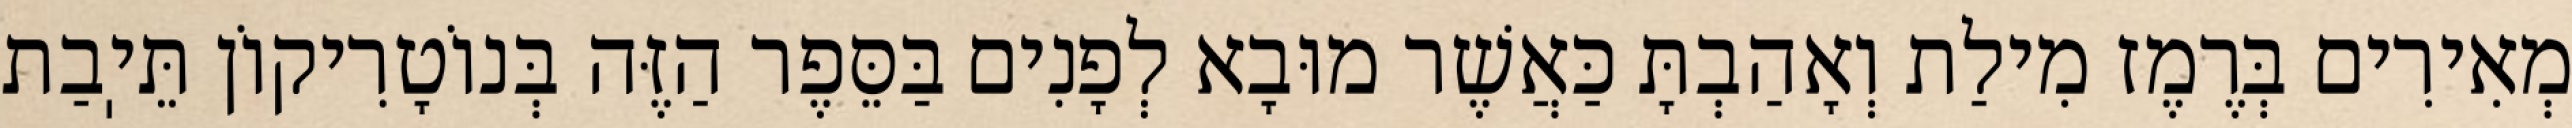
מְאִירִים בְּרֶמֶז מִילַת וְאָהַבְתָּ כַּאֲשֶׁר מוּבָא לְפָנִים בַּסֵּפֶר הַזֶּה בְּנוֹטָרִיקוֹן תֵּיֽבַת